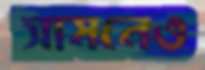
সামনেও